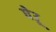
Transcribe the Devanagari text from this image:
घेउू